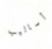
أساليب